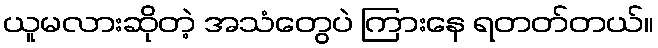
ယူမလားဆိုတဲ့ အသံတွေပဲ ကြားနေ ရတတ်တယ်။